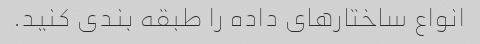
انواع ساختارهای داده را طبقه بندی کنید.